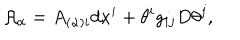
LaTeX: { \cal A } _ { \alpha } = A _ { ( \alpha ) i } d x ^ { i } + \theta ^ { i } g _ { i j } D \theta ^ { j } ,